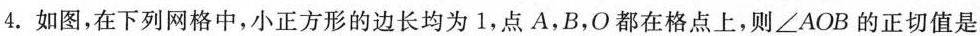
4.如图，在下列网格中，小正方形的边长均为1，点A，B，O都在格点上，则∠AOB的正切值是